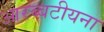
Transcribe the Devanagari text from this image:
आरब्बटीयना